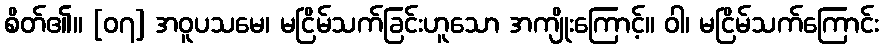
စိတ်၏။ [၀၇] အဝူပသမေ၊ မငြိမ်သက်ခြင်းဟူသော အကျိုးကြောင့်။ ဝါ၊ မငြိမ်သက်ကြောင်း